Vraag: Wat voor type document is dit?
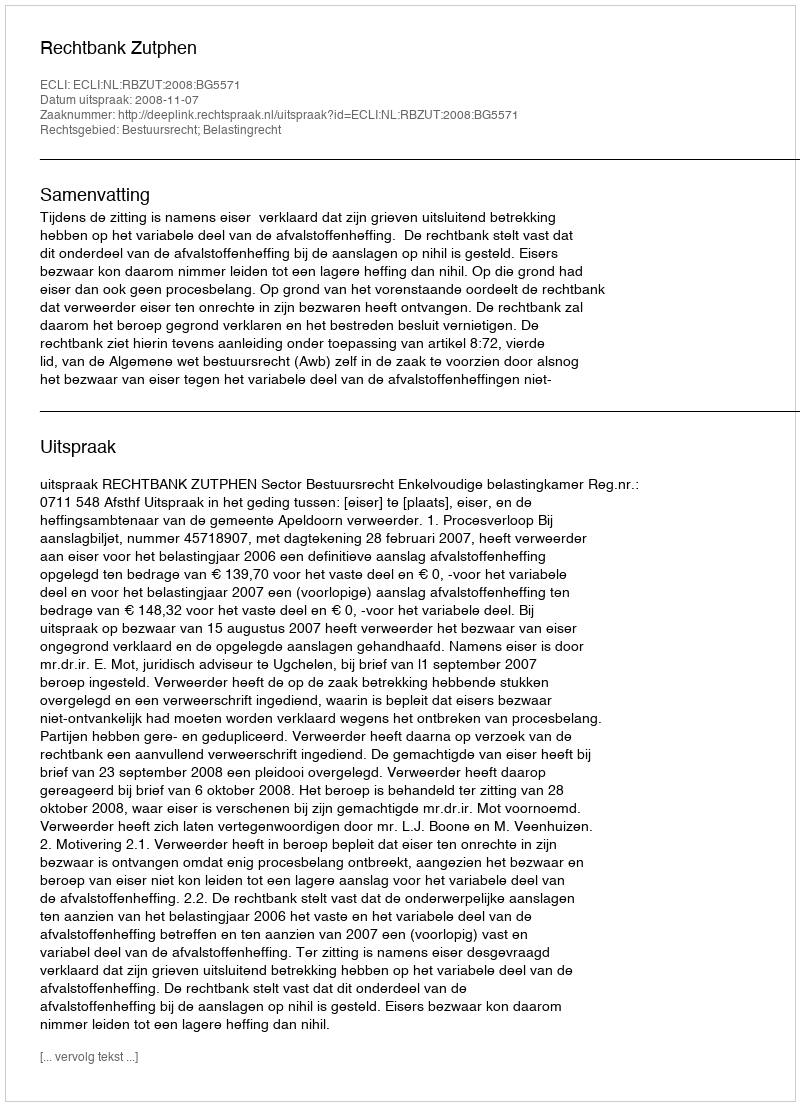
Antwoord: Uitspraak